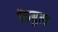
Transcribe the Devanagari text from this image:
फ़ेबुल